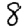
Digit: 8